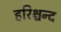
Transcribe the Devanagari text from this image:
हरिश्चन्द